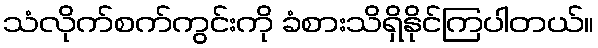
သံလိုက်စက်ကွင်းကို ခံစားသိရှိနိုင်ကြပါတယ်။